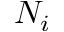
N _ { i }